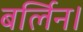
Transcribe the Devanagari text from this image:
बर्लिन।